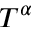
T ^ { \alpha }